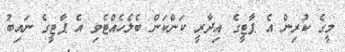
މީގެ ކުރިން އެ ޕާޓީގެ އިދާރީ ކަންކަން ބެލެހެއްޓެވި އެ ޕާޓީގެ ނައިބު